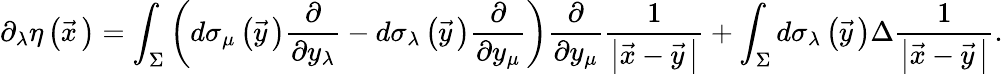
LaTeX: \partial_{\lambda}\eta\left(\vec{x}{\, }\right)=\int_{\Sigma}^{}\left(d\sigma_{\mu}\left(\vec{y}{\, }\right)\frac{\partial}{\partial y_{\lambda}}-d\sigma_{\lambda}\left(\vec{y}{\, }\right)\frac{\partial}{\partial y_{\mu}}\right)\frac{\partial}{\partial y_{\mu}}\frac{1}{\left|\vec{x}-\vec{y}{\, }\right|}+\int_{\Sigma}^{}d\sigma_{\lambda}\left(\vec{y}{\, }\right)\Delta\frac{1}{\left|\vec{x}-\vec{y}{\, }\right|}.